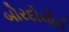
બોરદોલોઈ